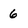
Character: 6